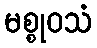
မစ္စုဝသံ